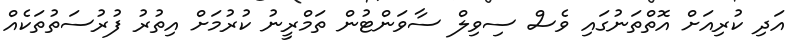
އަދި ކުރިއަށް އޮތްތަނުގައި ވެސް ސިވިލް ސާވަންޓުން ތަމްރީނު ކުރުމަށް އިތުރު ފުރުސަތުތަކެއް